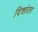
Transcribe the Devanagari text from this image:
दिशांतर